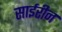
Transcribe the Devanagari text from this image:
साईरीन